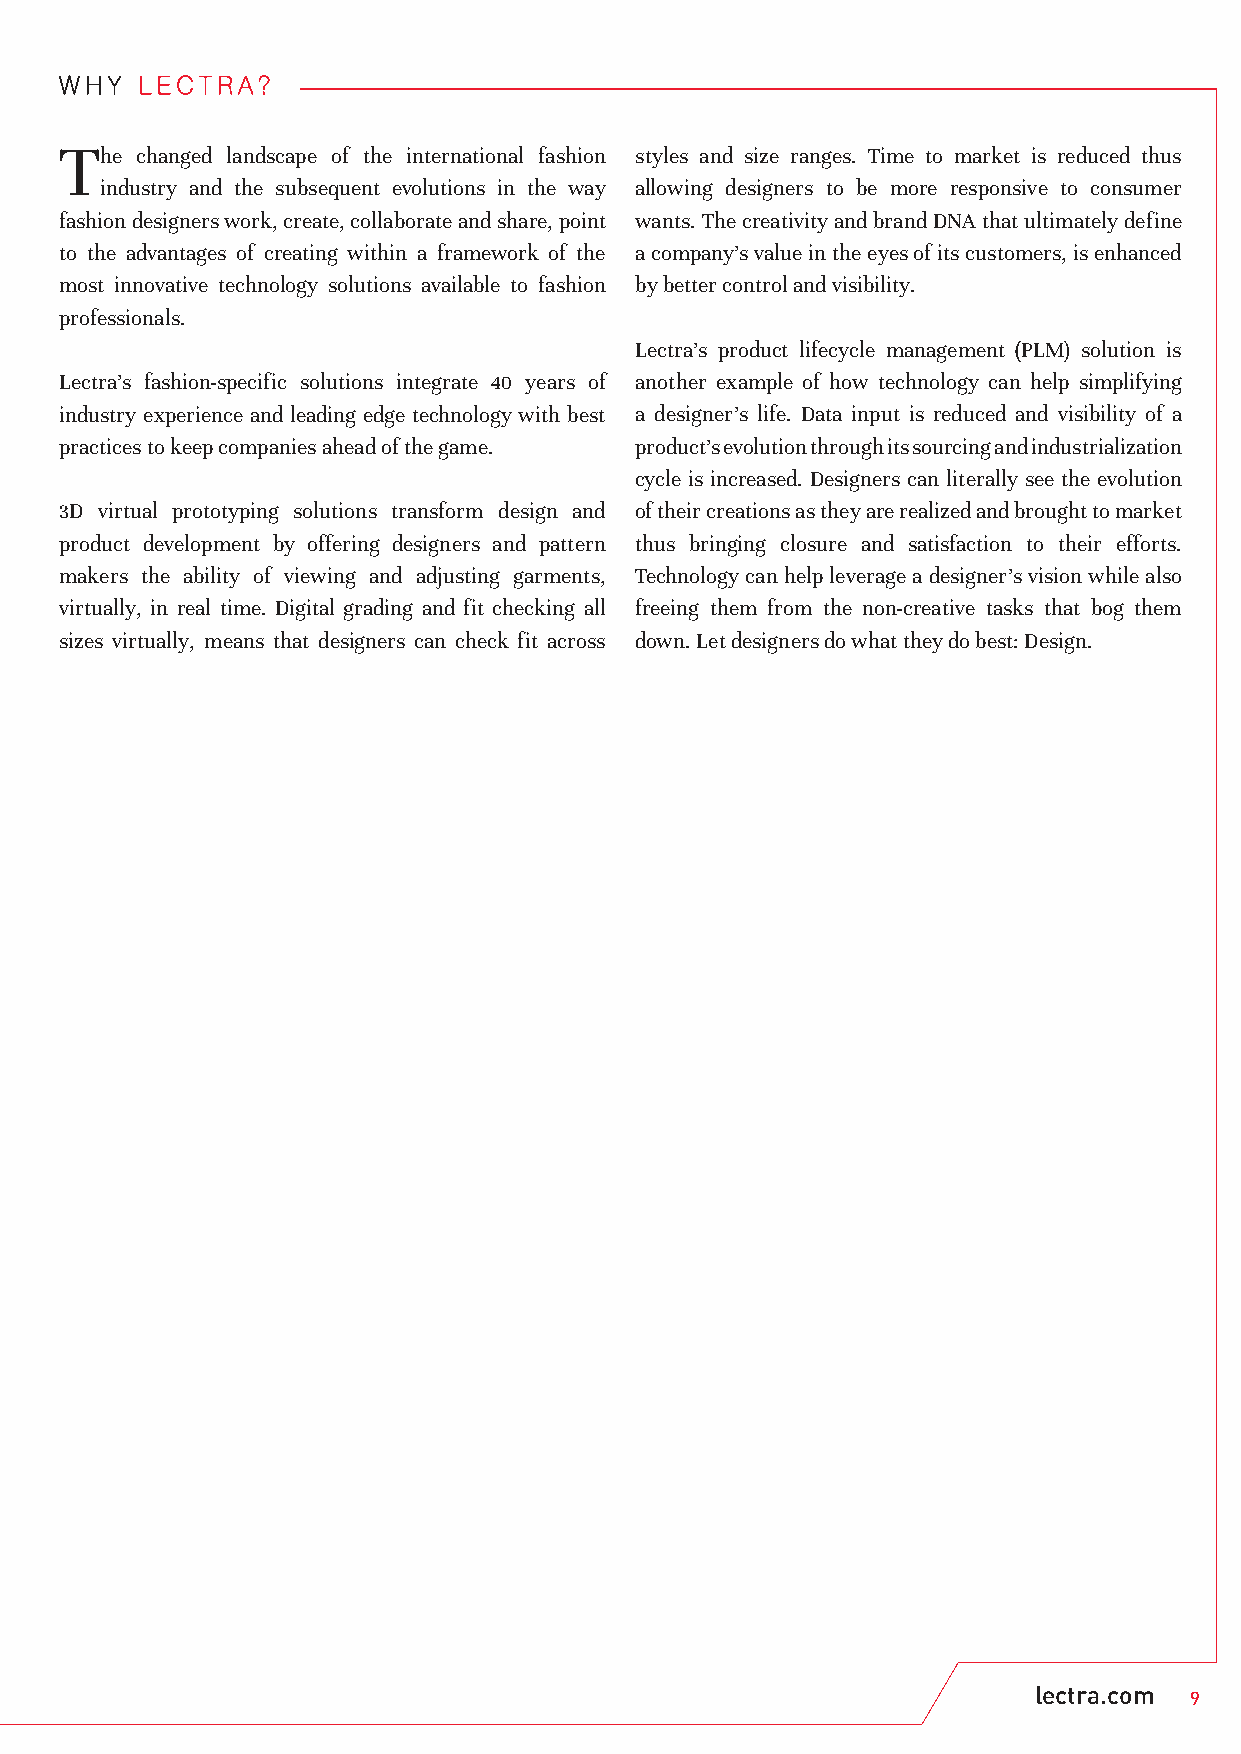
WHY  LECTRA?
 T
 he changed landscape of the international fashion styles and size ranges. Time to market is reduced thus
 industry and the subsequent evolutions in the way allowing designers to be more responsive to consumer
 fashion designers work, create, collaborate and share, point wants. The creativity and brand DNA that ultimately define
 to the advantages of creating within a framework of the a company’s value in the eyes of its customers, is enhanced
 most innovative technology solutions available to fashion by better control and visibility.
 professionals.
 Lectra’s product lifecycle management (PLM) solution is
 Lectra’s fashion-specific solutions integrate 40 years of another example of how technology can help simplifying
 industry experience and leading edge technology with best a designer’s life. Data input is reduced and visibility of a
 practices to keep companies ahead of the game. product’s evolution through its sourcing and industrialization
 cycle is increased. Designers can literally see the evolution
 3D virtual prototyping solutions transform design and of their creations as they are realized and brought to market
 product development by offering designers and pattern thus bringing closure and satisfaction to their efforts.
 makers the ability of viewing and adjusting garments, Technology can help leverage a designer’s vision while also
 virtually, in real time. Digital grading and fit checking all freeing them from the non-creative tasks that bog them
 sizes virtually, means that designers can check fit across down. Let designers do what they do best: Design.
 lectra.com
 9